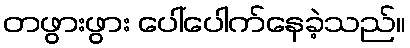
တဖွားဖွား ပေါ်ပေါက်နေခဲ့သည်။